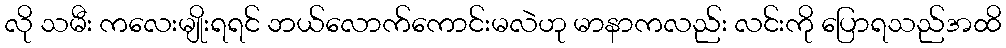
လို သမီး ကလေးမျိုးရရင် ဘယ်လောက်ကောင်းမလဲဟု မာနာကလည်း လင်းကို ပြောရသည်အထိ